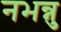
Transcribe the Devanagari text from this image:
नभन्नु